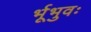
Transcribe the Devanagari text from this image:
र्भूभुवः